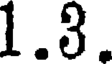
1.3.